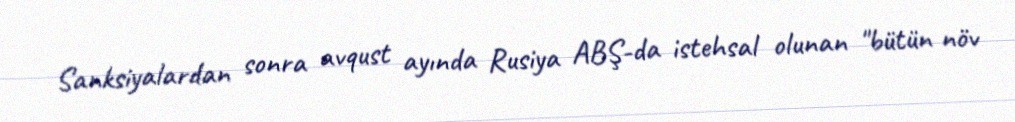
Sanksiyalardan sonra avqust ayında Rusiya ABŞ-da istehsal olunan "bütün növ